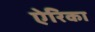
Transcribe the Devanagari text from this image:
ऐरिका